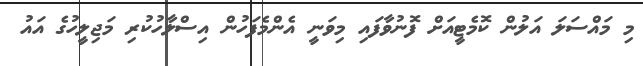
މި މައްސަލަ އަލުން ކޮމެޓީއަށް ފޮނުވާފައި މިވަނީ އެންމެފަހުން އިސްލާހުކުރި މަޖިލީހުގެ އައު